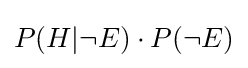
P(H|\neg E)\cdot P(\neg E)